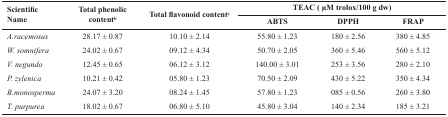
<table><thead><tr><td rowspan="2"><b>Scientific Name</b></td><td rowspan="2"><b>Total phenolic content<sup>b</sup></b></td><td rowspan="2"><b>Total flavonoid content<sup>c</sup></b></td><td colspan="3"><b>TEAC ( μM trolox/100 g dw)</b></td></tr><tr><td><b>ABTS</b></td><td><b>DPPH</b></td><td><b>FRAP</b></td></tr></thead><tbody><tr><td><i>A.racemosus</i></td><td>28.17 ± 0.87</td><td>10.10 ± 2.14</td><td>55.80 ± 1.23</td><td>180 ± 2.56</td><td>380 ± 4.85</td></tr><tr><td><i>W. somnifera</i></td><td>24.02 ± 0.67</td><td>09.12 ± 4.34</td><td>50.70 ± 2.05</td><td>360 ± 5.46</td><td>560 ± 5.12</td></tr><tr><td><i>V. negundo</i></td><td>12.45 ± 0.65</td><td>06.12 ± 3.12</td><td>140.00 ± 3.01</td><td>253 ± 3.56</td><td>280 ± 2.10</td></tr><tr><td><i>P. zylenica</i></td><td>10.21 ± 0.42</td><td>05.80 ± 1.23</td><td>70.50 ± 2.09</td><td>430 ± 5.22</td><td>350 ± 4.34</td></tr><tr><td><i>B.monosperma</i></td><td>24.07 ± 3.20</td><td>08.24 ± 1.45</td><td>57.80 ± 1.23</td><td>085 ± 0.56</td><td>260 ± 3.80</td></tr><tr><td><i>T. purpurea</i></td><td>18.02 ± 0.67</td><td>06.80 ± 5.10</td><td>45.80 ± 3.04</td><td>140 ± 2.34</td><td>185 ± 3.21</td></tr></tbody></table>